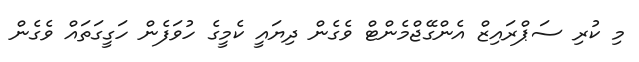
މި ކުރި ސަޕްރައިޒް އެންގޭޖްމެންޓް ވެގެން ދިޔައީ ކެމީގެ ހުވަފެން ހަގީގަތައް ވެގެން